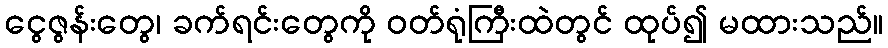
ငွေဇွန်းတွေ၊ ခက်ရင်းတွေကို ဝတ်ရုံကြီးထဲတွင် ထုပ်၍ မထားသည်။